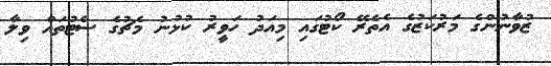
ޒުވާނުންގެ މަރުކަޒުގެ އެތެރޭ ކޯޓުގައި މިއަދު ހަވީރު ކުޅުނު މެޗުގެ ސެޓުތައް ވިލާ